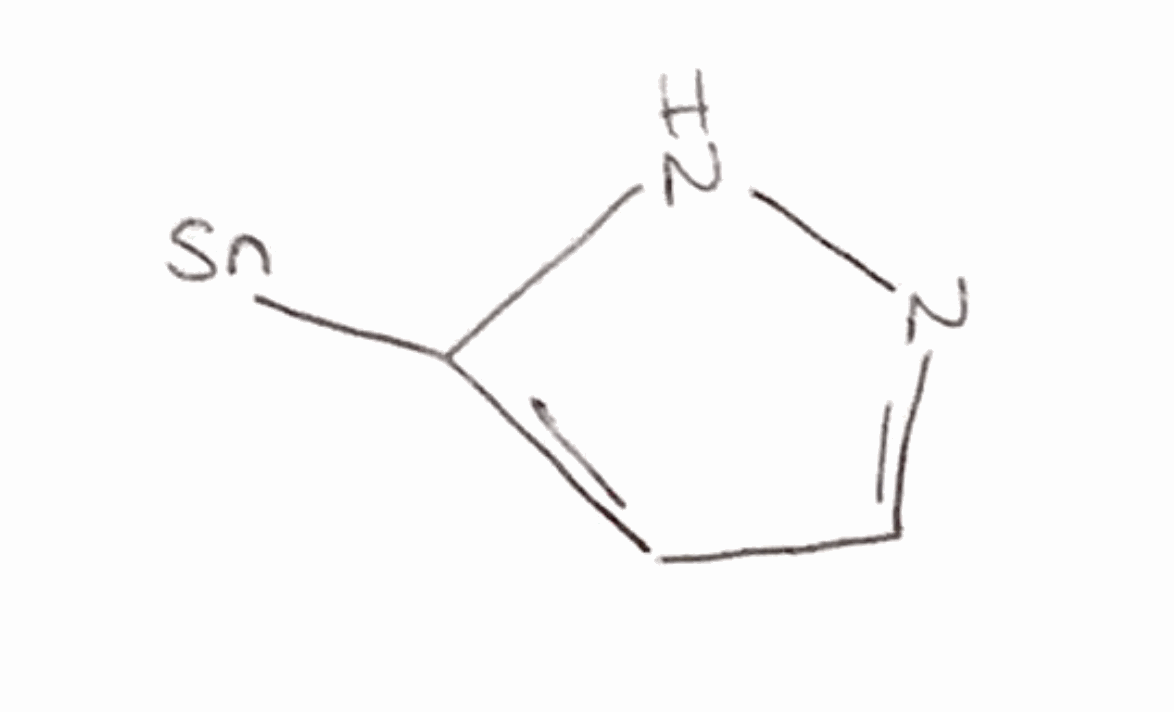
Simplified molecular-input line-entry system (SMILES) notation of the given molecule:
C1=C(NN=C1)[Sn]